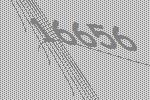
16656